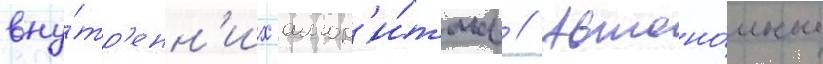
вну́тр'енн'их алгор'и́тмов // Автоно́мные